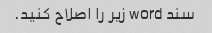
سند word زیر را اصلاح کنید.